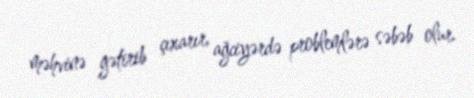
məhvinə gətirib çıxarır, ağciyərdə problemlərə səbəb olur.